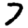
Digit: 7